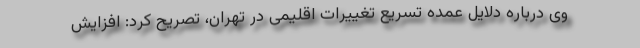
وی درباره دلایل عمده تسریع تغییرات اقلیمی در تهران، تصریح کرد: افزایش